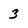
Character: 3